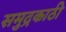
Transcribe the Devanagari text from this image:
समुद्रकाठी